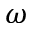
\omega